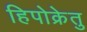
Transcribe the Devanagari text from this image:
हिपोक्रेतु